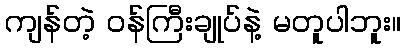
ကျန်တဲ့ ဝန်ကြီးချုပ်နဲ့ မတူပါဘူး။